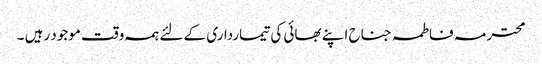
محترمہ فاطمہ جناح اپنے بھائی کی تیمارداری کے لئے ہمہ وقت موجود رہیں ۔